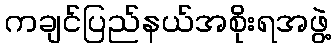
ကချင်ပြည်နယ်အစိုးရအဖွဲ့